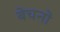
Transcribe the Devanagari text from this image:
बेचनों